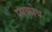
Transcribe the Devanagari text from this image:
प्सकोव